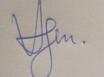
Signature authenticity: genuine